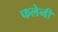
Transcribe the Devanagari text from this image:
फलेनी